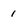
Character: 1